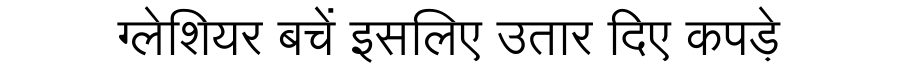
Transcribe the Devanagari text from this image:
ग्लेशियर बचें इसलिए उतार दिए कपड़े